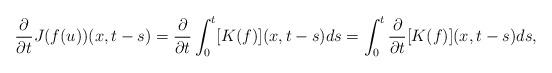
LaTeX: \begin{align*} \frac{\partial}{\partial t}J(f(u))(x,t-s)= \frac{\partial}{\partial t}\int_{0}^{t}[K(f)](x,t-s)ds=\int_{0}^{t}\frac{\partial}{\partial t}[K(f)](x,t-s)ds,\end{align*}